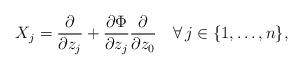
LaTeX: \begin{align*}X_j=\frac{\partial}{\partial z_j}+\frac{\partial \Phi}{\partial z_j}\frac{\partial}{\partial z_0}\quad\forall\, j\in\{1,\ldots, n\},\end{align*}